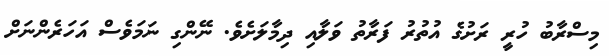
މިސްރާބު ހުރީ ރަށުގެ އުތުރު ފަރާތު ވަލާއި ދިމާލަށެވެ. ނޭންގި ނަމަވެސް އަހަރެންނަށް